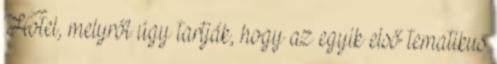
Hotel, melyről úgy tartják, hogy az egyik első tematikus